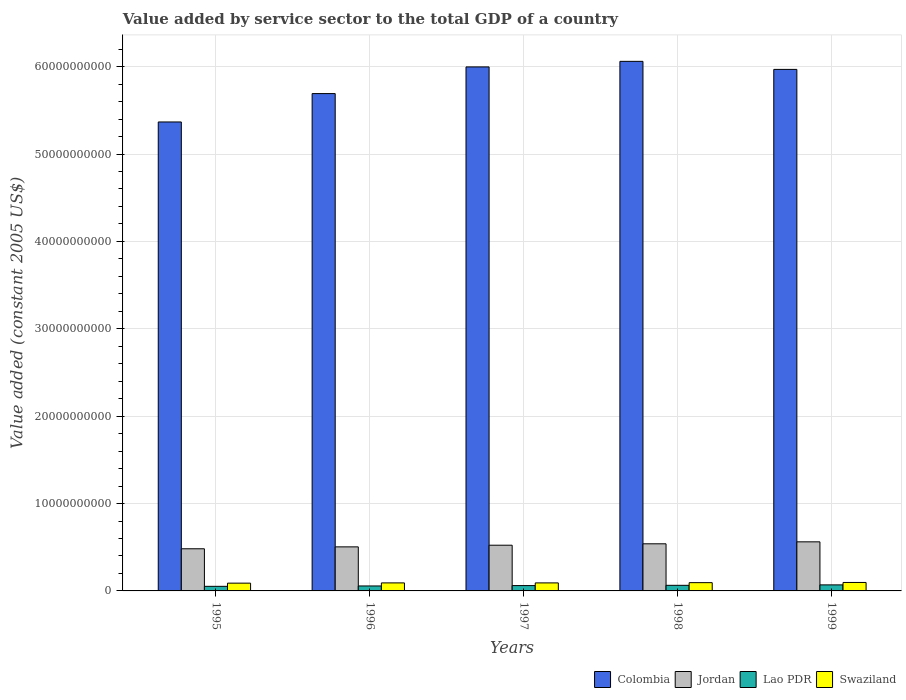
| Years | Colombia | Jordan | Lao PDR | Swaziland |
 | --- | --- | --- | --- | --- |
 | 1995 | 5.37e+10 | 4.82e+09 | 5.25e+08 | 8.89e+08 |
 | 1996 | 5.69e+10 | 5.04e+09 | 5.68e+08 | 9.19e+08 |
 | 1997 | 6e+10 | 5.23e+09 | 6.11e+08 | 9.18e+08 |
 | 1998 | 6.06e+10 | 5.39e+09 | 6.41e+08 | 9.46e+08 |
 | 1999 | 5.97e+10 | 5.62e+09 | 6.9e+08 | 9.68e+08 |